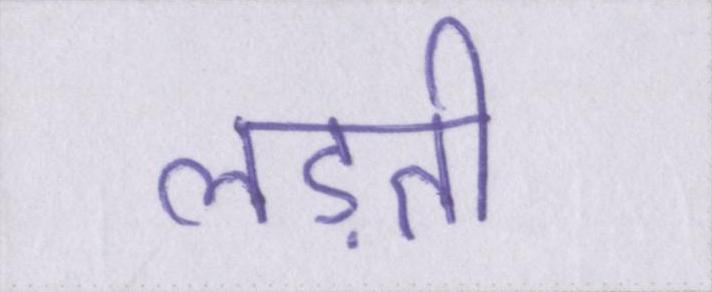
लड़ती